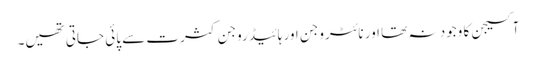
آکسیجن کا وجود نہ تھا اور نائٹروجن اور ہائیڈروجن کثرت سے پائی جاتی تھیں۔